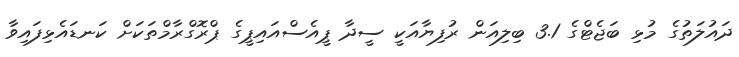
ދައުލަތުގެ މުޅި ބަޖެޓްގެ 3.1 ބިލިއަން ރުފިޔާއަކީ ސީދާ ޕީއެސްއައިޕީގެ ޕްރޮގްރާމްތަކަށް ކަނޑައެޅިފައިވާ